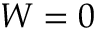
W = 0